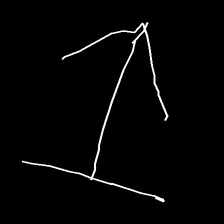
Glyph: levitation